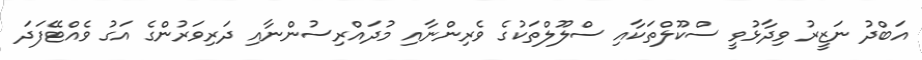
އަބްދު ނަޒީރު ވިދާޅުވީ ސްކޫލްތަކާއި ސްލޫލްތަކުގެ ވެރިންނާއި މުދައްރިސުންނާއި ދަރިވަރުންގެ އަގު ވެއްޓޭފަދަ